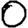
Digit: 0